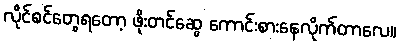
လိုင်စင်တွေရတော့ ဖိုးတင်ဆွေ ကောင်းစားနေလိုက်တာလေ။